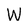
Character: W